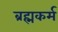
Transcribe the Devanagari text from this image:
ब्रह्मकर्म